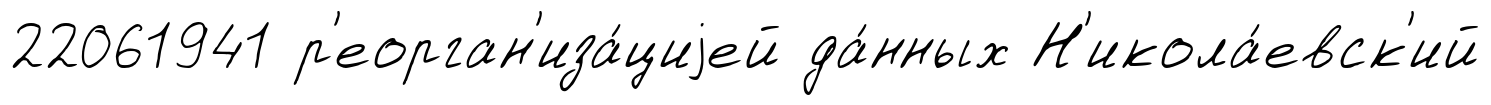
22061941 р'еорган'иза́циjей да́нных Н'икола́евск'ий